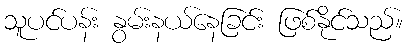
သူပင်ပန်း နွမ်းနယ်နေခြင်း ဖြစ်နိုင်သည်။